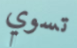
تسوي